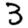
Digit: 3